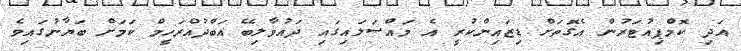
އަދި ކޮމްޕިއުޓަރުން އެގޮތަށް ޑިޒައިންކުރީ އެ މައްސަލައިގައި ދައުވާލިބޭ އަބްދުއްރަހީމް ކަމަށް ބަޔާނުގައިވެ